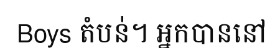
Boys តំបន់។ អ្នកបាននៅ